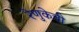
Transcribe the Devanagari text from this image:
रेणुकेची